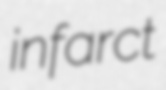
infarct